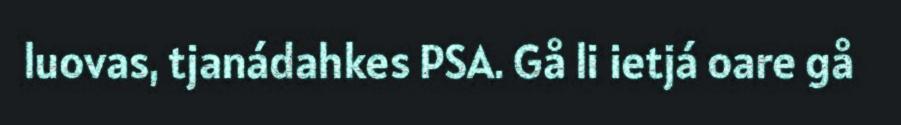
luovas, tjanádahkes PSA. Gå li ietjá oare gå